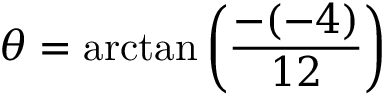
\theta = \arctan \left( { \frac { - ( - 4 ) } { 1 2 } } \right)